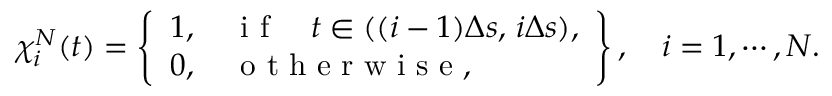
\chi _ { i } ^ { N } ( t ) = \left\{ \begin{array} { l c } { 1 , \quad \mathrm { ~ i ~ f ~ } \quad t \in ( ( i - 1 ) \Delta s , \, i \Delta s ) , } \\ { 0 , \quad \mathrm { ~ o ~ t ~ h ~ e ~ r ~ w ~ i ~ s ~ e ~ } , } \end{array} \right\} , \quad i = 1 , \cdots , N .